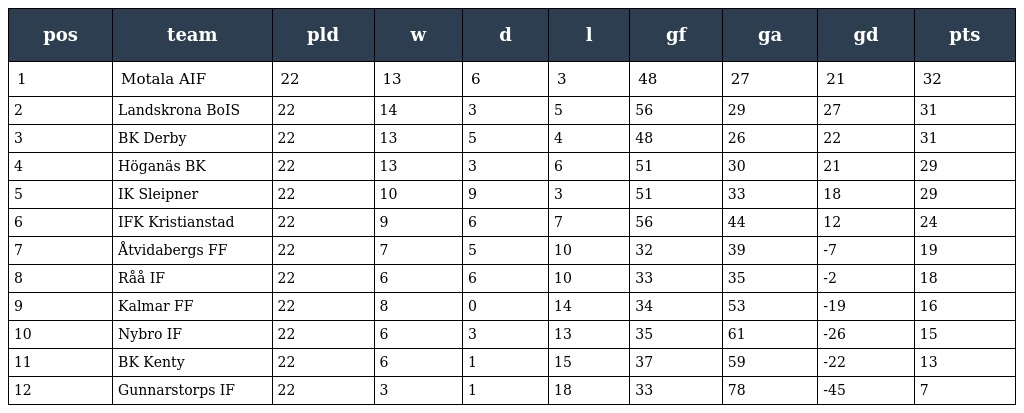
| pos | team | pld | w | d | l | gf | ga | gd | pts |
 | --- | --- | --- | --- | --- | --- | --- | --- | --- | --- |
 | 1 | Motala AIF | 22 | 13 | 6 | 3 | 48 | 27 | 21 | 32 |
 | 2 | Landskrona BoIS | 22 | 14 | 3 | 5 | 56 | 29 | 27 | 31 |
 | 3 | BK Derby | 22 | 13 | 5 | 4 | 48 | 26 | 22 | 31 |
 | 4 | Höganäs BK | 22 | 13 | 3 | 6 | 51 | 30 | 21 | 29 |
 | 5 | IK Sleipner | 22 | 10 | 9 | 3 | 51 | 33 | 18 | 29 |
 | 6 | IFK Kristianstad | 22 | 9 | 6 | 7 | 56 | 44 | 12 | 24 |
 | 7 | Åtvidabergs FF | 22 | 7 | 5 | 10 | 32 | 39 | -7 | 19 |
 | 8 | Råå IF | 22 | 6 | 6 | 10 | 33 | 35 | -2 | 18 |
 | 9 | Kalmar FF | 22 | 8 | 0 | 14 | 34 | 53 | -19 | 16 |
 | 10 | Nybro IF | 22 | 6 | 3 | 13 | 35 | 61 | -26 | 15 |
 | 11 | BK Kenty | 22 | 6 | 1 | 15 | 37 | 59 | -22 | 13 |
 | 12 | Gunnarstorps IF | 22 | 3 | 1 | 18 | 33 | 78 | -45 | 7 |